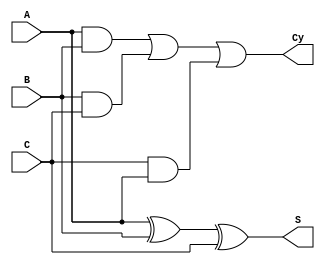
module full_adder(S, Cy, A, B, C);
  input A, B, C;
  output S, Cy;
  assign S= A^B^C;
  assign Cy= (A&B)||(B&C)||(C&A);
endmodule